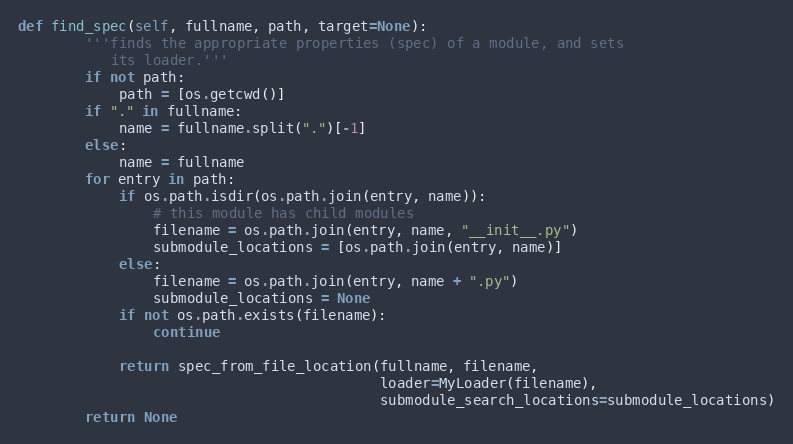
Language: Python
def find_spec(self, fullname, path, target=None):
        '''finds the appropriate properties (spec) of a module, and sets
           its loader.'''
        if not path:
            path = [os.getcwd()]
        if "." in fullname:
            name = fullname.split(".")[-1]
        else:
            name = fullname
        for entry in path:
            if os.path.isdir(os.path.join(entry, name)):
                # this module has child modules
                filename = os.path.join(entry, name, "__init__.py")
                submodule_locations = [os.path.join(entry, name)]
            else:
                filename = os.path.join(entry, name + ".py")
                submodule_locations = None
            if not os.path.exists(filename):
                continue

            return spec_from_file_location(fullname, filename,
                                           loader=MyLoader(filename),
                                           submodule_search_locations=submodule_locations)
        return None